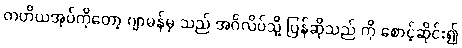
တတိယအုပ်ကိုတော့ ဂျာမန်မှ သည် အင်္ဂလိပ်သို့ ပြန်ဆိုသည် ကို စောင့်ဆိုင်း၍